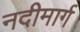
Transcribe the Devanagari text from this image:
नदीमार्ग